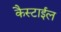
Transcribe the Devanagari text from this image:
कैस्टाईल